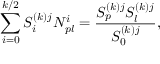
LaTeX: \sum _ { i = 0 } ^ { k / 2 } S _ { i } ^ { ( k ) j } N _ { p l } ^ { i } = \frac { S _ { p } ^ { ( k ) j } S _ { l } ^ { ( k ) j } } { S _ { 0 } ^ { ( k ) j } } ,